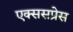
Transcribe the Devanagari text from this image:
एक्ससप्रेस